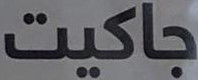
جاكيت